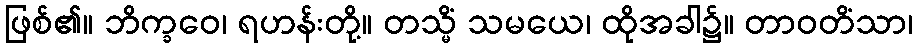
ဖြစ်၏။ ဘိက္ခဝေ၊ ရဟန်းတို့။ တသ္မိံ သမယေ၊ ထိုအခါ၌။ တာဝတိံသာ၊